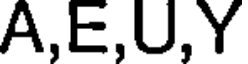
A,E,U,Y